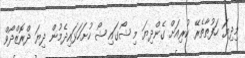
މިދިޔަ ހަފުތާތެރޭ ކުރިއަށް ގެންދިޔަ މި ޝޯގައި ޝޯ ހުށަހަޅައިދެމުން ދިޔަ ދްރޮޒްދޯވް